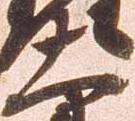
大